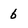
Character: 6